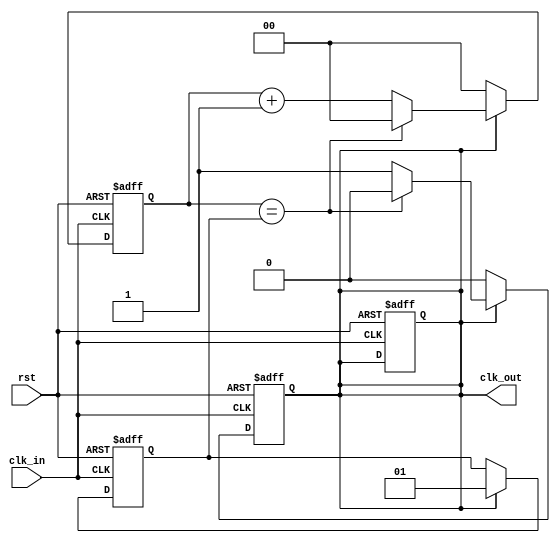
module dual_modulus_clock_divider (
    input wire clk_in,
    input wire rst,
    output reg clk_out
);

reg [1:0] count;
reg [1:0] modulus;
reg sync_in;
reg sync_out;

always @(posedge clk_in or posedge rst) begin
    if (rst) begin
        count <= 2'b00;
        sync_in <= 1'b0;
        sync_out <= 1'b0;
    end else begin
        if (sync_out) begin
            count <= count + 1;
            if (count == modulus) begin
                count <= 2'b00;
                sync_out <= 1'b0;
            end
        end else begin
            count <= 2'b00;
            sync_out <= sync_in;
        end
    end
end

always @(posedge clk_in or posedge rst) begin
    if (rst) begin
        modulus <= 2'b00;
    end else begin
        if (sync_out) begin
            modulus <= sync_out ? 2'b01 : 2'b10;
        end
    end
end

assign sync_in = sync_out;

assign clk_out = sync_out;

endmodule